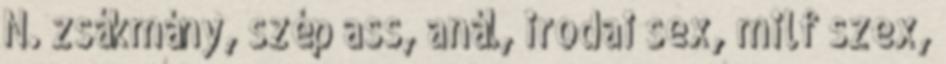
N. zsákmány, szép ass, anál, irodai sex, milf szex,